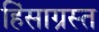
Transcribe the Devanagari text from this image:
हिंसाग्रस्त